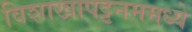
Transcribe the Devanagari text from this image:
विशाखापट्टनममध्ये